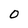
Character: 0